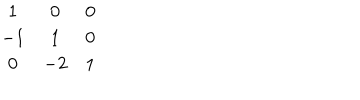
\begin{matrix} { { 1 } } & { { 0 } } & { { 0 } } \\ { { - 1 } } & { { 1 } } & { { 0 } } \\ { { 0 } } & { { - 2 } } & { { 1 } } \\ \end{matrix}